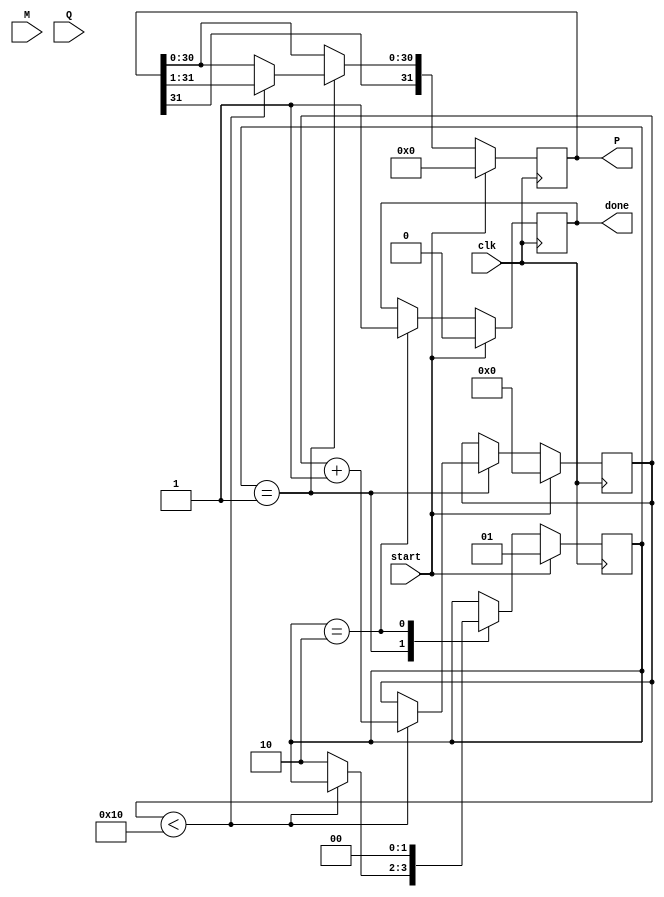
module modified_booth_multiplier (
    input signed [15:0] M,      // Multiplicand
    input signed [15:0] Q,      // Multiplier
    input clk,                  // Clock signal
    input start,                // Start signal
    output reg signed [31:0] P, // Product
    output reg done             // Done signal
);

    reg signed [16:0] Q_ext;    // Extended multiplier
    reg signed [16:0] M_neg;     // Negated multiplicand
    reg [4:0] count;            // Counter for iterations
    reg [1:0] state;            // State for FSM
    reg [1:0] control;          // Control signals for Booth encoding

    // States
    localparam IDLE = 2'b00,
               PROCESS = 2'b01,
               DONE = 2'b10;

    // Negate the multiplicand
    always @(*) begin
        M_neg = -M;
    end

    // Booth encoding logic
    always @(*) begin
        case (Q_ext[1:0])
            2'b00: control = 2'b00; // No operation
            2'b01: control = 2'b01; // Add M
            2'b10: control = 2'b10; // Subtract M
            2'b11: control = 2'b00; // No operation
            default: control = 2'b00;
        endcase
    end

    // Main process
    always @(posedge clk) begin
        if (start) begin
            // Initialization
            P <= 0;
            Q_ext <= {1'b0, Q}; // Extend Q by 1 bit
            count <= 0;
            state <= PROCESS;
            done <= 0;
        end else begin
            case (state)
                PROCESS: begin
                    if (count < 16) begin
                        // Generate partial product based on control signals
                        case (control)
                            2'b01: P <= P + M;     // Add M
                            2'b10: P <= P + M_neg; // Subtract M
                            default: P <= P;       // No operation
                        endcase

                        // Arithmetic right shift
                        P <= P >>> 1; // Shift right preserving sign
                        Q_ext <= {Q_ext[16], Q_ext[16:1]}; // Shift Q_ext right
                        count <= count + 1;
                    end else begin
                        state <= DONE; // Move to done state
                    end
                end
                DONE: begin
                    done <= 1; // Set done signal
                    state <= IDLE; // Reset state
                end
                IDLE: begin
                    // Wait for start signal
                    if (start) begin
                        state <= PROCESS; // Move to process state
                    end
                end
            endcase
        end
    end
endmodule